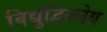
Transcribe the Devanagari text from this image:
विद्युद्विश्लेय